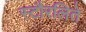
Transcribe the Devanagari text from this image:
स्टौरलिते